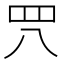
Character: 𦉵